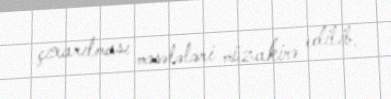
çıxarılması məsələləri müzakirə edilib.